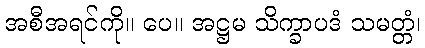
အစီအရင်ကို။ ပေ။ အဋ္ဌမ သိက္ခာပဒံ သမတ္တံ၊